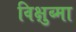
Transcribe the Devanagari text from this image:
विक्षुब्मा